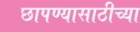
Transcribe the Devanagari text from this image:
छापण्यासाठीच्या